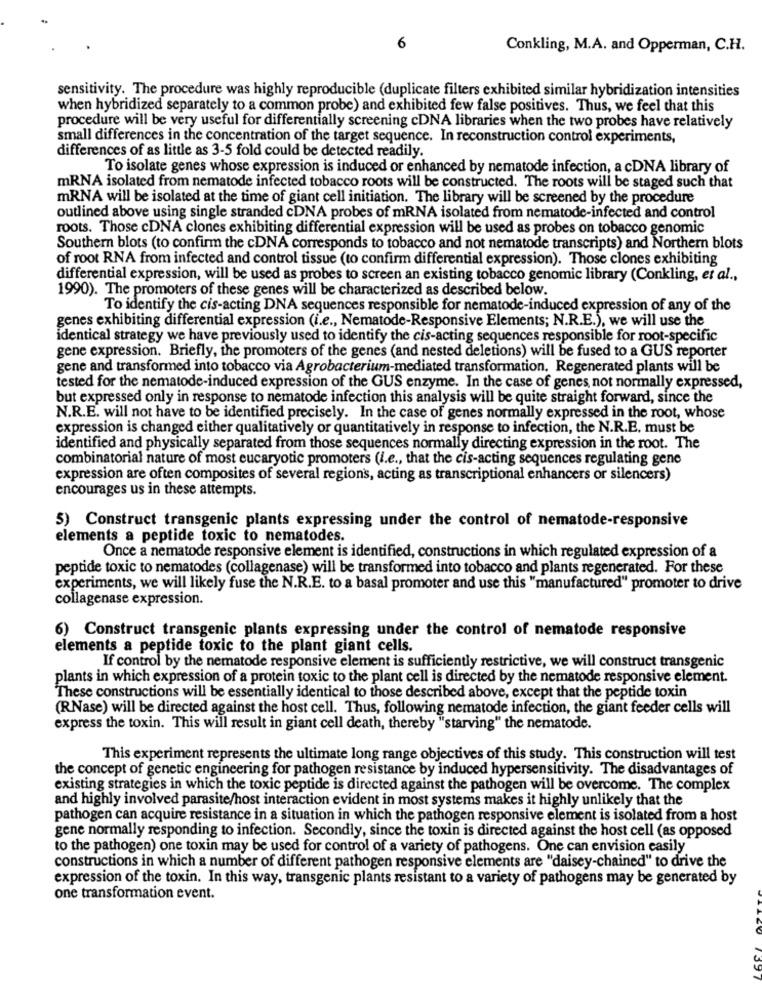
6
Conkling, M.A. and Opperman, C.H.
sensitivity. The procedure was highly reproducible (duplicate filters exhibited similar hybridization intensities
when hybridized separately to a common probe) and exhibited few false positives. Thus, we feel that this
procedure will be very useful for differentially screening cDNA libraries when the two probes have relatively
small differences in the concentration of the target sequence. In reconstruction control experiments,
differences of as little as 3-5 fold could be detected readily.
To isolate genes whose expression is induced or enhanced by nematode infection, a cDNA library of
mRNA isolated from nematode infected tobacco roots will be constructed. The roots will be staged such that
mRNA will be isolated at the time of giant cell initiation. The library will be screened by the procedure
outlined above using single stranded cDNA probes of mRNA isolated from nematode-infected and control
roots. Those cDNA clones exhibiting differential expression will be used as probes on tobacco genomic
Southern blots (to confirm the cDNA corresponds to tobacco and not nematode transcripts) and Northern blots
of root RNA from infected and control tissue (to confirm differential expression). Those clones exhibiting
differential expression, will be used as probes to screen an existing tobacco genomic library (Conkling, et al .,
1990). The promoters of these genes will be characterized as described below.
To identify the cis-acting DNA sequences responsible for nematode-induced expression of any of the
genes exhibiting differential expression (i.e ., Nematode-Responsive Elements; N.R.E.), we will use the
identical strategy we have previously used to identify the cis-acting sequences responsible for root-specific
gene expression. Briefly, the promoters of the genes (and nested deletions) will be fused to a GUS reporter
gene and transformed into tobacco via Agrobacterium-mediated transformation. Regenerated plants will be
tested for the nematode-induced expression of the GUS enzyme. In the case of genes, not normally expressed,
but expressed only in response to nematode infection this analysis will be quite straight forward, since the
N.R.E. will not have to be identified precisely. In the case of genes normally expressed in the root, whose
expression is changed either qualitatively or quantitatively in response to infection, the N.R.E. must be
identified and physically separated from those sequences normally directing expression in the root. The
combinatorial nature of most eucaryotic promoters (i.e ., that the cis-acting sequences regulating gene
expression are often composites of several regions, acting as transcriptional enhancers or silencers)
encourages us in these attempts.
5) Construct transgenic plants expressing under the control of nematode-responsive
elements a peptide toxic to nematodes.
Once a nematode responsive element is identified, constructions in which regulated expression of a
peptide toxic to nematodes (collagenase) will be transformed into tobacco and plants regenerated. For these
experiments, we will likely fuse the N.R.E. to a basal promoter and use this "manufactured" promoter to drive
collagenase expression.
6) Construct transgenic plants expressing under the control of nematode responsive
elements a peptide toxic to the plant giant cells.
If control by the nematode responsive element is sufficiently restrictive, we will construct transgenic
plants in which expression of a protein toxic to the plant cell is directed by the nematode responsive element.
These constructions will be essentially identical to those described above, except that the peptide toxin
(RNase) will be directed against the host cell. Thus, following nematode infection, the giant feeder cells will
express the toxin. This will result in giant cell death, thereby "starving" the nematode.
This experiment represents the ultimate long range objectives of this study. This construction will test
the concept of genetic engineering for pathogen resistance by induced hypersensitivity. The disadvantages of
existing strategies in which the toxic peptide is directed against the pathogen will be overcome. The complex
and highly involved parasite/host interaction evident in most systems makes it highly unlikely that the
pathogen can acquire resistance in a situation in which the pathogen responsive element is isolated from a host
gene normally responding to infection. Secondly, since the toxin is directed against the host cell (as opposed
to the pathogen) one toxin may be used for control of a variety of pathogens. One can envision easily
constructions in which a number of different pathogen responsive elements are "daisey-chained" to drive the
expression of the toxin. In this way, transgenic plants resistant to a variety of pathogens may be generated by
one transformation event.